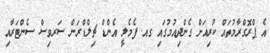
އެ ޕްރޮގްރާމުތައް ކުރިއަށް ގެންދިއުމުގައި ގއ. ފެމެލީ އެންޑް ޗިލްޑްރަން ސަރވިސް ސެންޓަރާއި